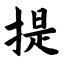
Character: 提